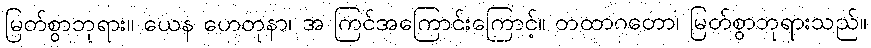
မြတ်စွာဘုရား။ ယေန ဟေတုနာ၊ အ ကြင်အကြောင်းကြောင့်။ တထာဂတော၊ မြတ်စွာဘုရားသည်။